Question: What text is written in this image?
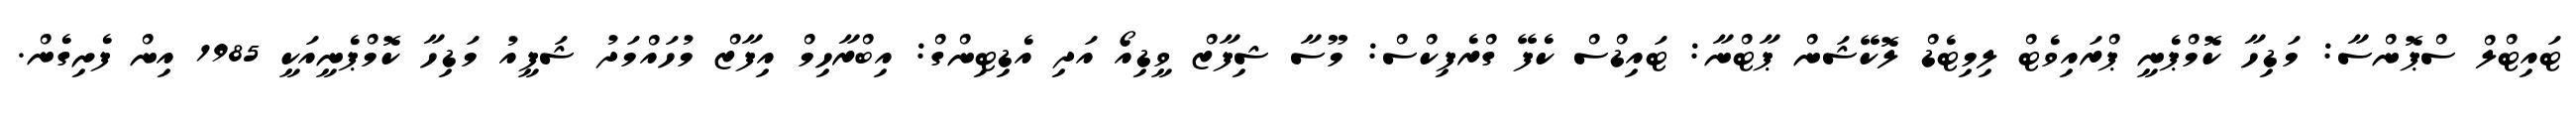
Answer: ޓައިޓްލް ސްޕޮންސާ: މަޑިހާ ކޮމްޕެނީ ޕްރައިވެޓް ލިމިޓެޑް ލޮކޭޝަން ޕާޓްނާ: ޓައިޑްސް ކެފޭ ގްރެފިކްސް: މޫސާ ޝިފާޒް ވީޑިއޯ އަދި އެޑިޓިންގް: އިބްރާހިމް އިފާޒް މުހައްމަދު ޝަފީއު މަޑިހާ ކޮމްޕެނީއަކީ 1985 އިން ފެށިގެން.